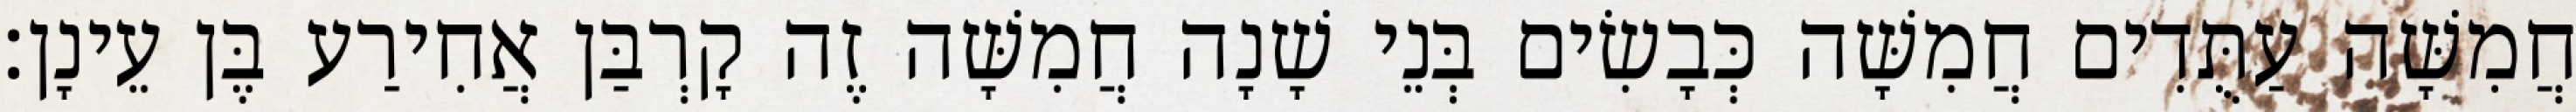
חֲמִשָּׁה עַתֻּדִים חֲמִשָּׁה כְּבָשִׂים בְּנֵי שָׁנָה חֲמִשָּׁה זֶה קָרְבַּן אֲחִירַע בֶּן עֵינָן׃